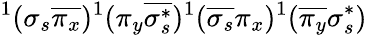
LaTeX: ^1(\sigma_{s}\overline{{\pi_{x}}})^{1}(\pi_{y}\overline{{\sigma_{s}^{*}}})^{1}(\overline{{\sigma_{s}}}\pi_{x})^{1}(\overline{{\pi_{y}}}\sigma_{s}^{*})